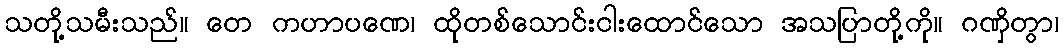
သတို့သမီးသည်။ တေ ကဟာပဏေ၊ ထိုတစ်သောင်းငါးထောင်သော အသပြာတို့ကို။ ဂဏှိတွာ၊